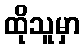
ထိုသူမှာ